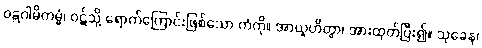
ဝဋ္ဋဂါမိကမ္မံ၊ ဝဋ်သို့ ရောက်ကြောင်းဖြစ်သော ကံကို။ အာယူဟိတွာ၊ အားထုတ်ပြီး၍။ သုခေန၊